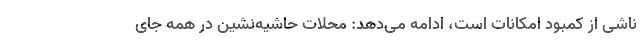
ناشی از کمبود امکانات است، ادامه می‌دهد: محلات حاشیه‌نشین در همه جای